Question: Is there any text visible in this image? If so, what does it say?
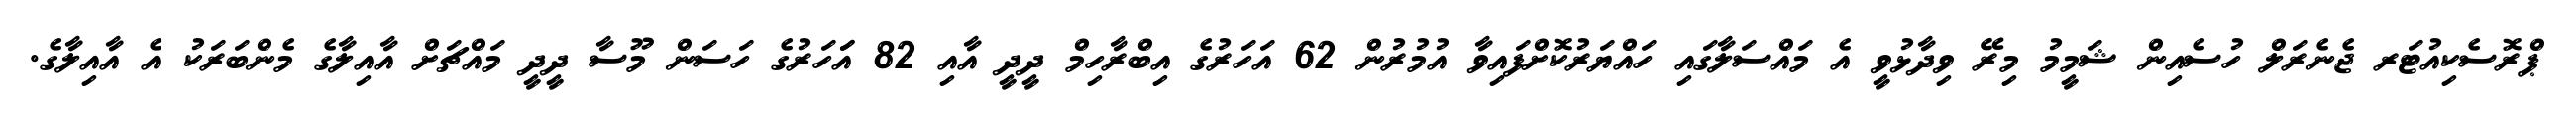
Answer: ޕްރޮސެކިއުޓަރ ޖެނެރަލް ހުސެއިން ޝަމީމު މިރޭ ވިދާޅުވީ އެ މައްސަލާގައި ހައްޔަރުކޮށްފައިވާ އުމުރުން 62 އަހަރުގެ އިބްރާހިމް ދީދީ އާއި 82 އަަހަރުގެ ހަސަން މޫސާ ދީދީ މައްޗަށް އާއިލާގެ މެންބަރަކު އެ އާއިލާގެ.